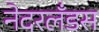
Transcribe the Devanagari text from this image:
नेदरलँडस